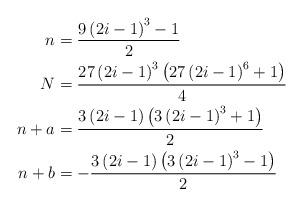
LaTeX: \begin{align*}n & =\frac{9\left(2i-1\right)^{3}-1}{2}\\N & =\frac{27\left(2i-1\right)^{3}\left(27\left(2i-1\right)^{6}+1\right)}{4}\\n+a & =\frac{3\left(2i-1\right)\left(3\left(2i-1\right)^{3}+1\right)}{2}\\n+b & =-\frac{3\left(2i-1\right)\left(3\left(2i-1\right)^{3}-1\right)}{2}\end{align*}